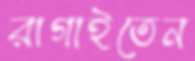
রাগাইতেন